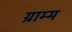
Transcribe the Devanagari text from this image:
ग्राम्म